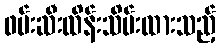
ဖမ်းဆီးထိန်းသိမ်းထားသည့်